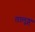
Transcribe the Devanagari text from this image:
तालूङ्ग